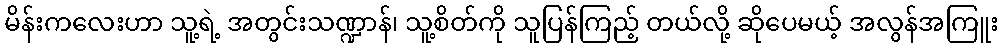
မိန်းကလေးဟာ သူ့ရဲ့ အတွင်းသဏ္ဍာန်၊ သူ့စိတ်ကို သူပြန်ကြည့် တယ်လို့ ဆိုပေမယ့် အလွန်အကြူး